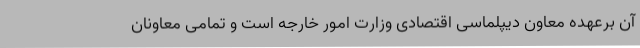
آن برعهده معاون دیپلماسی اقتصادی وزارت امور خارجه است و تمامی معاونان